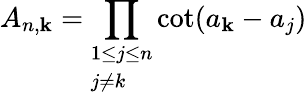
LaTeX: A_{n,\mathbf{k}}=\prod_{\begin{array}{l}{1\leq j\leq n}\\ {j\neq k}\end{array}}\cot(a_{\mathbf{k}}-a_{j})